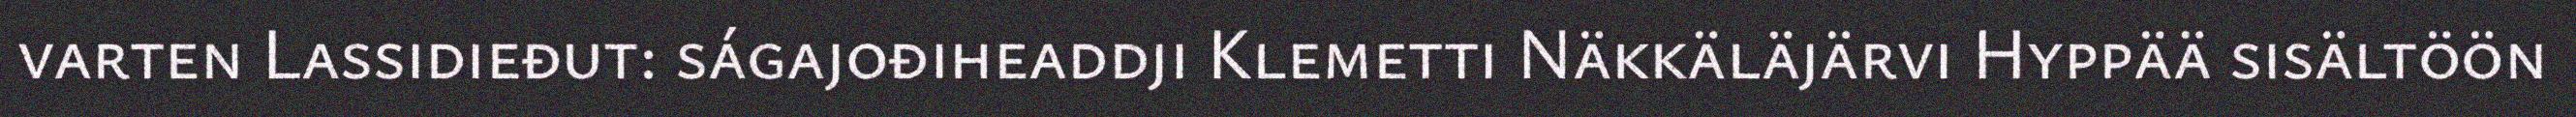
varten Lassidieđut: ságajođiheaddji Klemetti Näkkäläjärvi Hyppää sisältöön